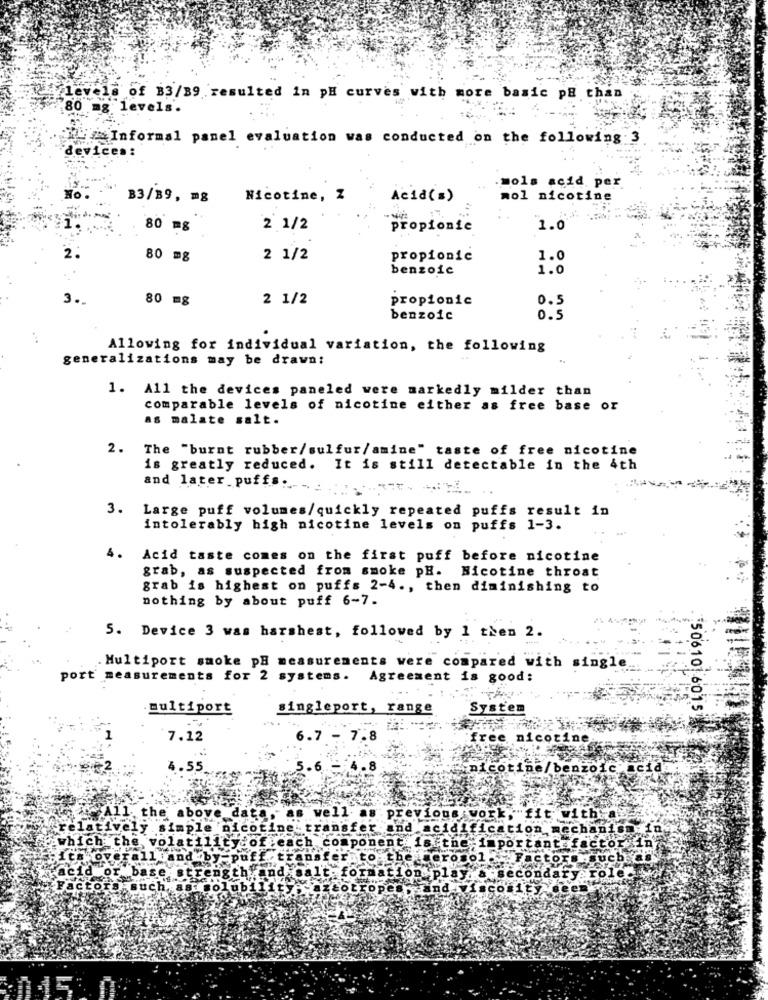
levels of B3/89 .resulted in pH curves with more basic pB than
.80 mg levels.
Informal panel evaluation was conducted on the following:3
devices:
mols acid per
No
B3/B9, mg
Nicotine, Z
Acid(=)
mol nicotine
80 mg
2 1/2
propionie
1.0
80 mg
2 1/2
propionic
1.0
benzoic
1.0
3.
80 mg
2 1/2
propionic
0.5
benzoic
0.5
Allowing for individual variation, the following
generalizations may be drawn:
1. All the devices paneled were markedly milder than
comparable levels of nicotine either as free base or
as malate salt.
2. The "burnt rubber/sulfur/amine" taste of free nicotine
is greatly reduced. It is still detectable in the 4th
and later puffs ...
3. Large puff volumes/quickly repeated puffs result in
intolerably high nicotine levels on puffs 1-3.
4.
Acid taste comes on the first puff before nicotine
grab, as suspected from smoke pH. Nicotine throat
grab is highest on puffs 2-4 ., then diminishing to
nothing by about puff 6-7.
5. Device 3 was harshest, followed by 1 then 2.
Multiport smoke pH measurements were compared with single
port measurements for 2 systems. Agreement is good:
multiport
singleport, range
System
. 50610 6015
7.12
6.7
fre
4.55
and
Lon
.cha
ent.